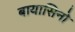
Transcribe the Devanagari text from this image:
बायासिनो